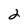
Character: 2